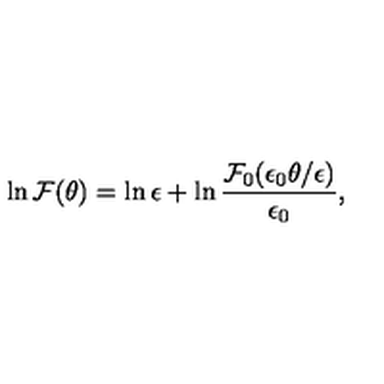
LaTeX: \ln { \cal F } ( \theta ) = \ln \epsilon + \ln \frac { { \cal F } _ { 0 } ( \epsilon _ { 0 } \theta / \epsilon ) } { \epsilon _ { 0 } } ,